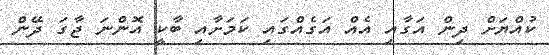
ކުއްޔަށް ދިން އަގާއި އެއް އަގެއްގައި ކަމަށާއި ބާކީ އޮންނަ ޖާގަ ދޭން